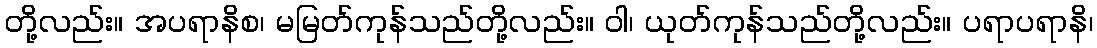
တို့လည်း။ အပရာနိစ၊ မမြတ်ကုန်သည်တို့လည်း။ ဝါ၊ ယုတ်ကုန်သည်တို့လည်း။ ပရာပရာနိ၊